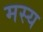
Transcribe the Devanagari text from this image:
मस्य